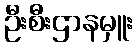
ဦးစီးဌာနမှူး